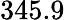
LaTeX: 345.9